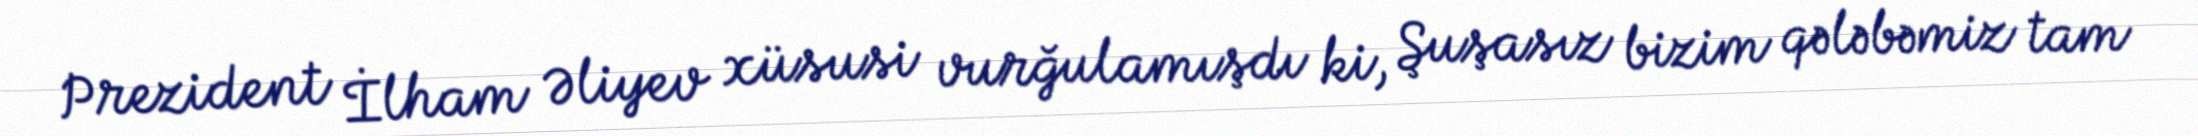
Prezident İlham Əliyev xüsusi vurğulamışdı ki, Şuşasız bizim qələbəmiz tam